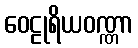
ဝေဠုရိယဝဏ္ဏာ